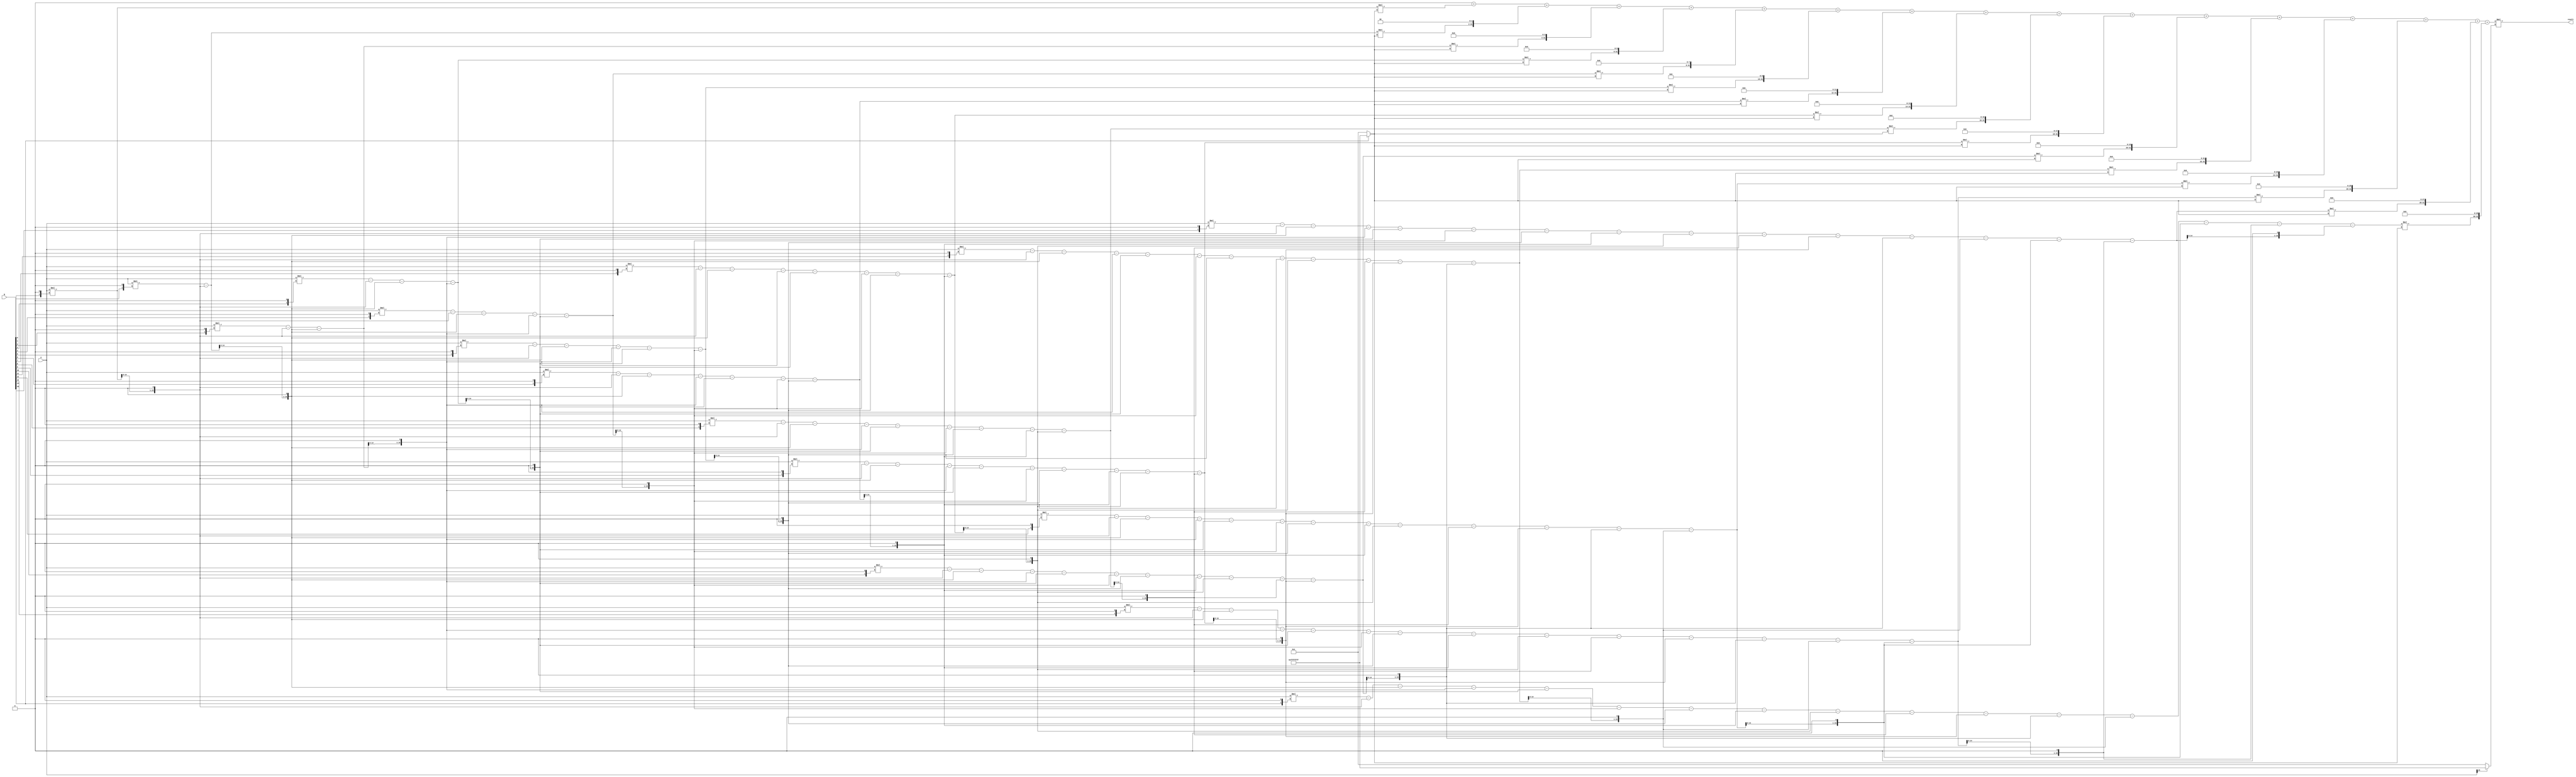
module Baugh_Wooley_Multiplier (
    input signed [15:0] A,
    input signed [15:0] B,
    output signed [31:0] result
);

reg signed [15:0] partial_products [0:15];
reg signed [31:0] partial_results [0:15];
reg signed [31:0] final_result;

integer i, j;
integer sign_A, sign_B;

always @(*)
begin
    // Calculate sign of inputs A and B
    sign_A = (A[15] == 1) ? -1 : 1;
    sign_B = (B[15] == 1) ? -1 : 1;
    
    // Generate partial products
    for (i = 0; i < 16; i = i + 1)
    begin
        partial_products[i] = A * (B[i] << 1);
    end

    // Reduce partial products
    for (i = 0; i < 16; i = i + 1)
    begin
        for (j = 0; j < i; j = j + 1)
        begin
            partial_products[i] = partial_products[i] - (partial_products[j] << 1);
        end
        partial_results[i] = partial_products[i] * sign_B;
    end

    // Accumulate final result
    final_result = 0;
    for (i = 0; i < 16; i = i + 1)
    begin
        final_result = final_result + (partial_results[i] << (i * 2));
    end
    result = final_result * sign_A;
end

endmodule